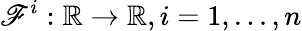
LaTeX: \mathscr{F}^{i}:\mathbb{{R}}\rightarrow\mathbb{{R}},i=1,...,n